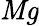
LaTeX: \mathit{Mg}